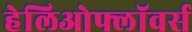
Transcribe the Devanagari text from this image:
हेलिओफ्लॉवर्स